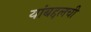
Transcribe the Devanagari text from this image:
यांबद्दलची